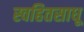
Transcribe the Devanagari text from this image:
स्वहितसाधू